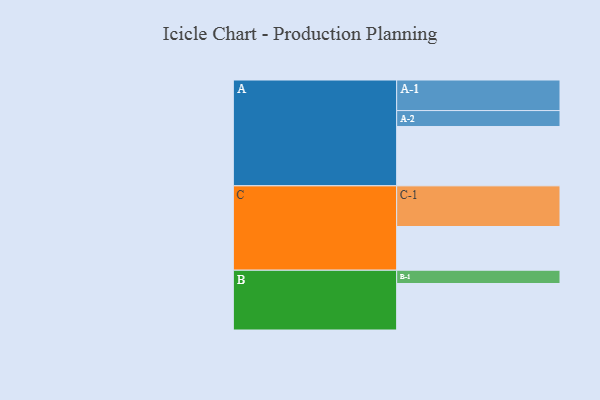
{"axis": {"x": "Segment", "y": "Value"}, "legend": ["", "A", "B", "C"], "data": [{"x": "A", "y": 429, "type": ""}, {"x": "B", "y": 336, "type": ""}, {"x": "C", "y": 316, "type": ""}, {"x": "A-1", "y": 221, "type": "A"}, {"x": "A-2", "y": 115, "type": "A"}, {"x": "B-1", "y": 96, "type": "B"}, {"x": "C-1", "y": 294, "type": "C"}]}